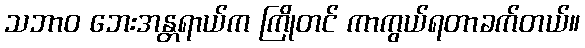
သဘာဝ ဘေးအန္တရာယ်က ကြိုတင် ကာကွယ်ရတာခက်တယ်။